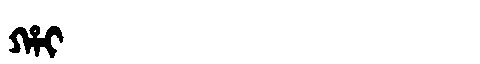
Manchu: ᡥᠠᡳ
Romanization: HAI